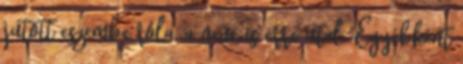
jutott eszembe róla, a neve is erre utal. Egyébként